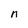
Character: n